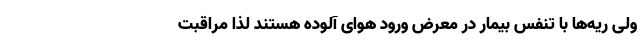
ولی ریه‌ها با تنفس بیمار در معرض ورود هوای آلوده هستند لذا مراقبت